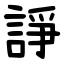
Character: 諍